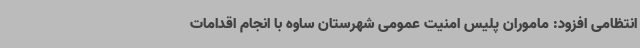
انتظامی افزود: ماموران پلیس امنیت عمومی شهرستان ساوه با انجام اقدامات